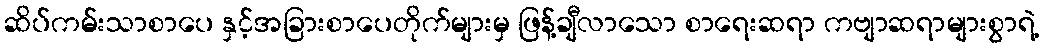
ဆိပ်ကမ်းသာစာပေ နှင့်အခြားစာပေတိုက်များမှ ဖြန့်ချီလာသော စာရေးဆရာ ကဗျာဆရာများစွာရဲ့